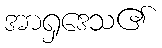
အာရှဒေသ၏